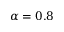
\alpha = 0 . 8